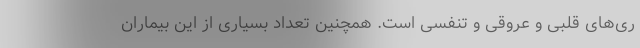
ری‌های قلبی و عروقی و تنفسی است. همچنین تعداد بسیاری از این بیماران